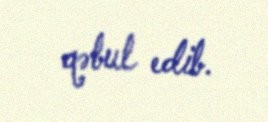
qəbul edib.